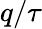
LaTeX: q/\tau